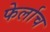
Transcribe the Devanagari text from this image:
फेर्लाच